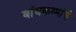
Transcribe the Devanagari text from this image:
बांधकामांचे